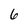
Character: 6